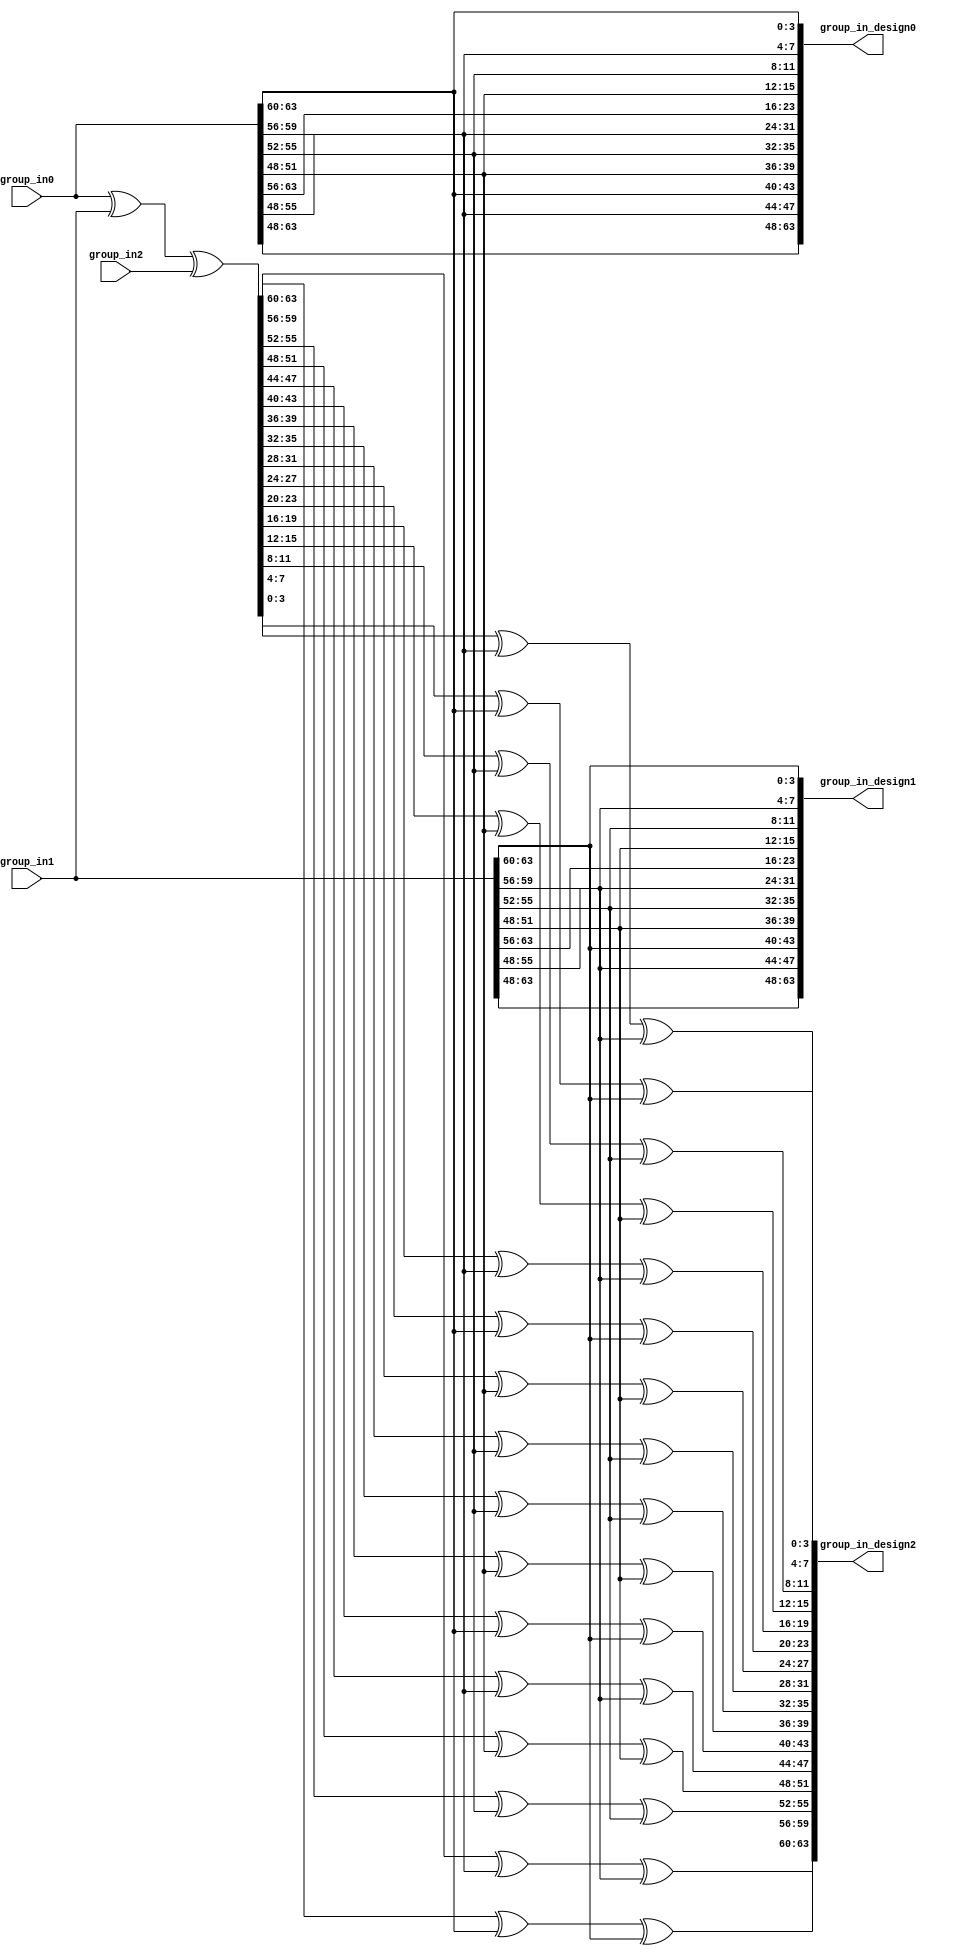

//////////////////////////////////////////////////////////////////////////////////
// Company:		   COSIC, KU Leuven
// 
// Design Name: 
// Module Name:    Midori_newrand_r1r2r3r4_insecure 
// Project Name:   TI with Non-Uniform Inputs
// Target Devices: 
// Tool versions: 
// Description: 
//
// Dependencies: 
//
// Revision: 
// Revision 0.01 - File Created
// Additional Comments: 
//
//////////////////////////////////////////////////////////////////////////////////
module Midori_newrand_r1r2r3r4_insecure(
	input wire [63:0] group_in0,
	input wire [63:0] group_in1,
	input wire [63:0] group_in2,
	output wire [63:0] group_in_design0,
	output wire [63:0] group_in_design1,
	output wire [63:0] group_in_design2
);

	wire [63:0] restored_pt;
	
	assign restored_pt = group_in0 ^ group_in1 ^ group_in2;
	
	// Share 1: randomness from group_in0
	
	assign group_in_design0[63:60] = group_in0[63:60];
	assign group_in_design0[59:56] = group_in0[59:56];
	assign group_in_design0[55:52] = group_in0[55:52];
	assign group_in_design0[51:48] = group_in0[51:48];
	
	assign group_in_design0[47:44] = group_in0[59:56];
	assign group_in_design0[43:40] = group_in0[63:60];
	assign group_in_design0[39:36] = group_in0[51:48];
	assign group_in_design0[35:32] = group_in0[55:52];
	
	assign group_in_design0[31:28] = group_in0[55:52];
	assign group_in_design0[27:24] = group_in0[51:48];
	assign group_in_design0[23:20] = group_in0[63:60];
	assign group_in_design0[19:16] = group_in0[59:56];
	
	assign group_in_design0[15:12] = group_in0[51:48];
	assign group_in_design0[11:8] = group_in0[55:52];
	assign group_in_design0[7:4] = group_in0[59:56];
	assign group_in_design0[3:0] = group_in0[63:60];
	
	// Share 2: randomness from group_in1
	assign group_in_design1[63:60] = group_in1[63:60];
	assign group_in_design1[59:56] = group_in1[59:56];
	assign group_in_design1[55:52] = group_in1[55:52];
	assign group_in_design1[51:48] = group_in1[51:48];
	
	assign group_in_design1[47:44] = group_in1[59:56];
	assign group_in_design1[43:40] = group_in1[63:60];
	assign group_in_design1[39:36] = group_in1[51:48];
	assign group_in_design1[35:32] = group_in1[55:52];
	
	assign group_in_design1[31:28] = group_in1[55:52];
	assign group_in_design1[27:24] = group_in1[51:48];
	assign group_in_design1[23:20] = group_in1[63:60];
	assign group_in_design1[19:16] = group_in1[59:56];
	
	assign group_in_design1[15:12] = group_in1[51:48];
	assign group_in_design1[11:8] = group_in1[55:52];
	assign group_in_design1[7:4] = group_in1[59:56];
	assign group_in_design1[3:0] = group_in1[63:60];	
	
	// Share 3: pt + rnd1 + rnd2 
	assign group_in_design2[63:60] = restored_pt[63:60] ^ group_in0[63:60] ^ group_in1[63:60];
	assign group_in_design2[59:56] = restored_pt[59:56] ^ group_in0[59:56] ^ group_in1[59:56];
	assign group_in_design2[55:52] = restored_pt[55:52] ^ group_in0[55:52] ^ group_in1[55:52];
	assign group_in_design2[51:48] = restored_pt[51:48] ^ group_in0[51:48] ^ group_in1[51:48];
	
	assign group_in_design2[47:44] = restored_pt[47:44] ^ group_in0[59:56] ^ group_in1[59:56];
	assign group_in_design2[43:40] = restored_pt[43:40] ^ group_in0[63:60] ^ group_in1[63:60];
	assign group_in_design2[39:36] = restored_pt[39:36] ^ group_in0[51:48] ^ group_in1[51:48];
	assign group_in_design2[35:32] = restored_pt[35:32] ^ group_in0[55:52] ^ group_in1[55:52];
	
	assign group_in_design2[31:28] = restored_pt[31:28] ^ group_in0[55:52] ^ group_in1[55:52];
	assign group_in_design2[27:24] = restored_pt[27:24] ^ group_in0[51:48] ^ group_in1[51:48];
	assign group_in_design2[23:20] = restored_pt[23:20] ^ group_in0[63:60] ^ group_in1[63:60];
	assign group_in_design2[19:16] = restored_pt[19:16] ^ group_in0[59:56] ^ group_in1[59:56];
	
	assign group_in_design2[15:12] = restored_pt[15:12] ^ group_in0[51:48] ^ group_in1[51:48];
	assign group_in_design2[11:8] = restored_pt[11:8] ^ group_in0[55:52] ^ group_in1[55:52];
	assign group_in_design2[7:4] = restored_pt[7:4] ^ group_in0[59:56] ^ group_in1[59:56];
	assign group_in_design2[3:0] = restored_pt[3:0] ^ group_in0[63:60] ^ group_in1[63:60];

endmodule